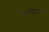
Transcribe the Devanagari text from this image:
इनोवेशन्स